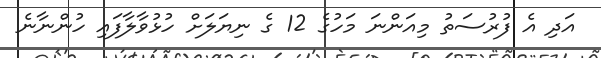
އަދި އެ ފުރުސަތު މިއަންނަ މަހުގެ 12 ގެ ނިޔަލަށް ހުޅުވާލާފައި ހުންނާނެ